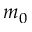
m _ { 0 }